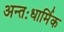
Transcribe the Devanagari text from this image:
अन्तःधार्मिक